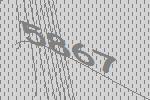
5867